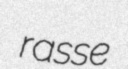
rasse